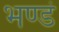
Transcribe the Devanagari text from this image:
भण्डं